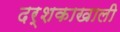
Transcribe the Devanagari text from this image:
दर्शकाखाली